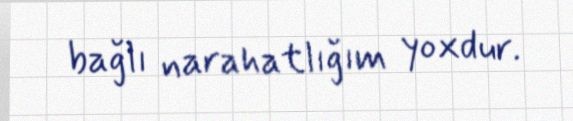
bağlı narahatlığım yoxdur.